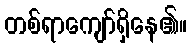
တစ်ရာကျော်ရှိနေ၏။